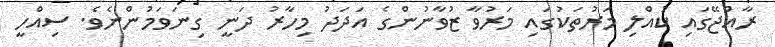
ރާއްޖޭގައި ކުއްލި މަރުތަކުގައި މަރުވާ ޒުވާނުންގެ އަދަދު މިހާރު ދަނީ ގިނަވަމުންނެވެ. ސިއްހީ